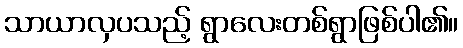
သာယာလှပသည့် ရွာလေးတစ်ရွာဖြစ်ပါ၏။